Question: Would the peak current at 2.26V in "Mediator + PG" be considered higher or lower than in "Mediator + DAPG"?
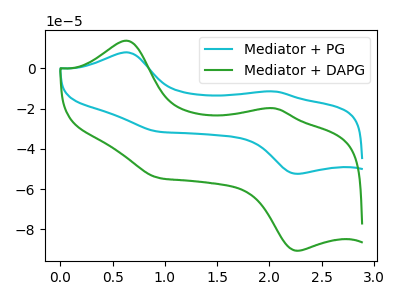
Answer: <think>The cyan curve "Mediator + PG" has anodic peaks at (0.65V, 7.95uA) (2.05V, -11.55uA) and cathodic peaks at (2.25V, -52.40uA) (0.95V, -31.45uA). The green curve "Mediator + DAPG" has anodic peaks at (0.65V, 13.70uA) (2.05V, -19.95uA) and cathodic peaks at (2.25V, -90.65uA) (0.95V, -54.40uA).</think>
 <answer>The peak at 2.26V is lower in "Mediator + PG" than in "Mediator + DAPG".</answer>
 <eval>lower</eval>